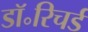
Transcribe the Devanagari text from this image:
डॉ॰रिचर्ड